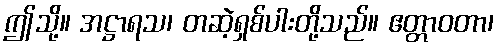
ဤသို့။ အဋ္ဌာရသ၊ တဆဲ့ရှစ်ပါးတို့သည်။ ဧတ္တာဝတာ၊